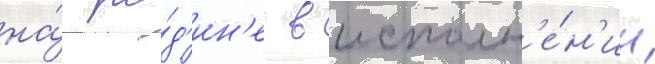
на́ ро́д'ин'е в исполн'е́н'ии